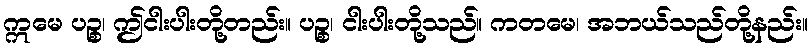
ဣမေ ပဉ္စ၊ ဤငါးပါးတို့တည်း။ ပဉ္စ၊ ငါးပါးတို့သည်။ ကတမေ၊ အဘယ်သည်တို့နည်း။